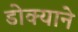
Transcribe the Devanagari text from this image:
डोक्याने